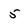
Character: 5